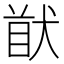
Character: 𱮁